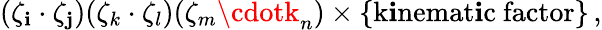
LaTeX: (\zeta_{\mathbf{i}}\cdot\zeta_{\mathbf{j}})(\zeta_{k}\cdot\zeta_{l})(\zeta_{m}\cdotk_{n})\times\{ \mathrm{{k\mathbf{i}nemat\mathbf{i}c~factor}}\} \, ,